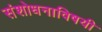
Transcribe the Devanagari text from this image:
संशोधनाविषयी